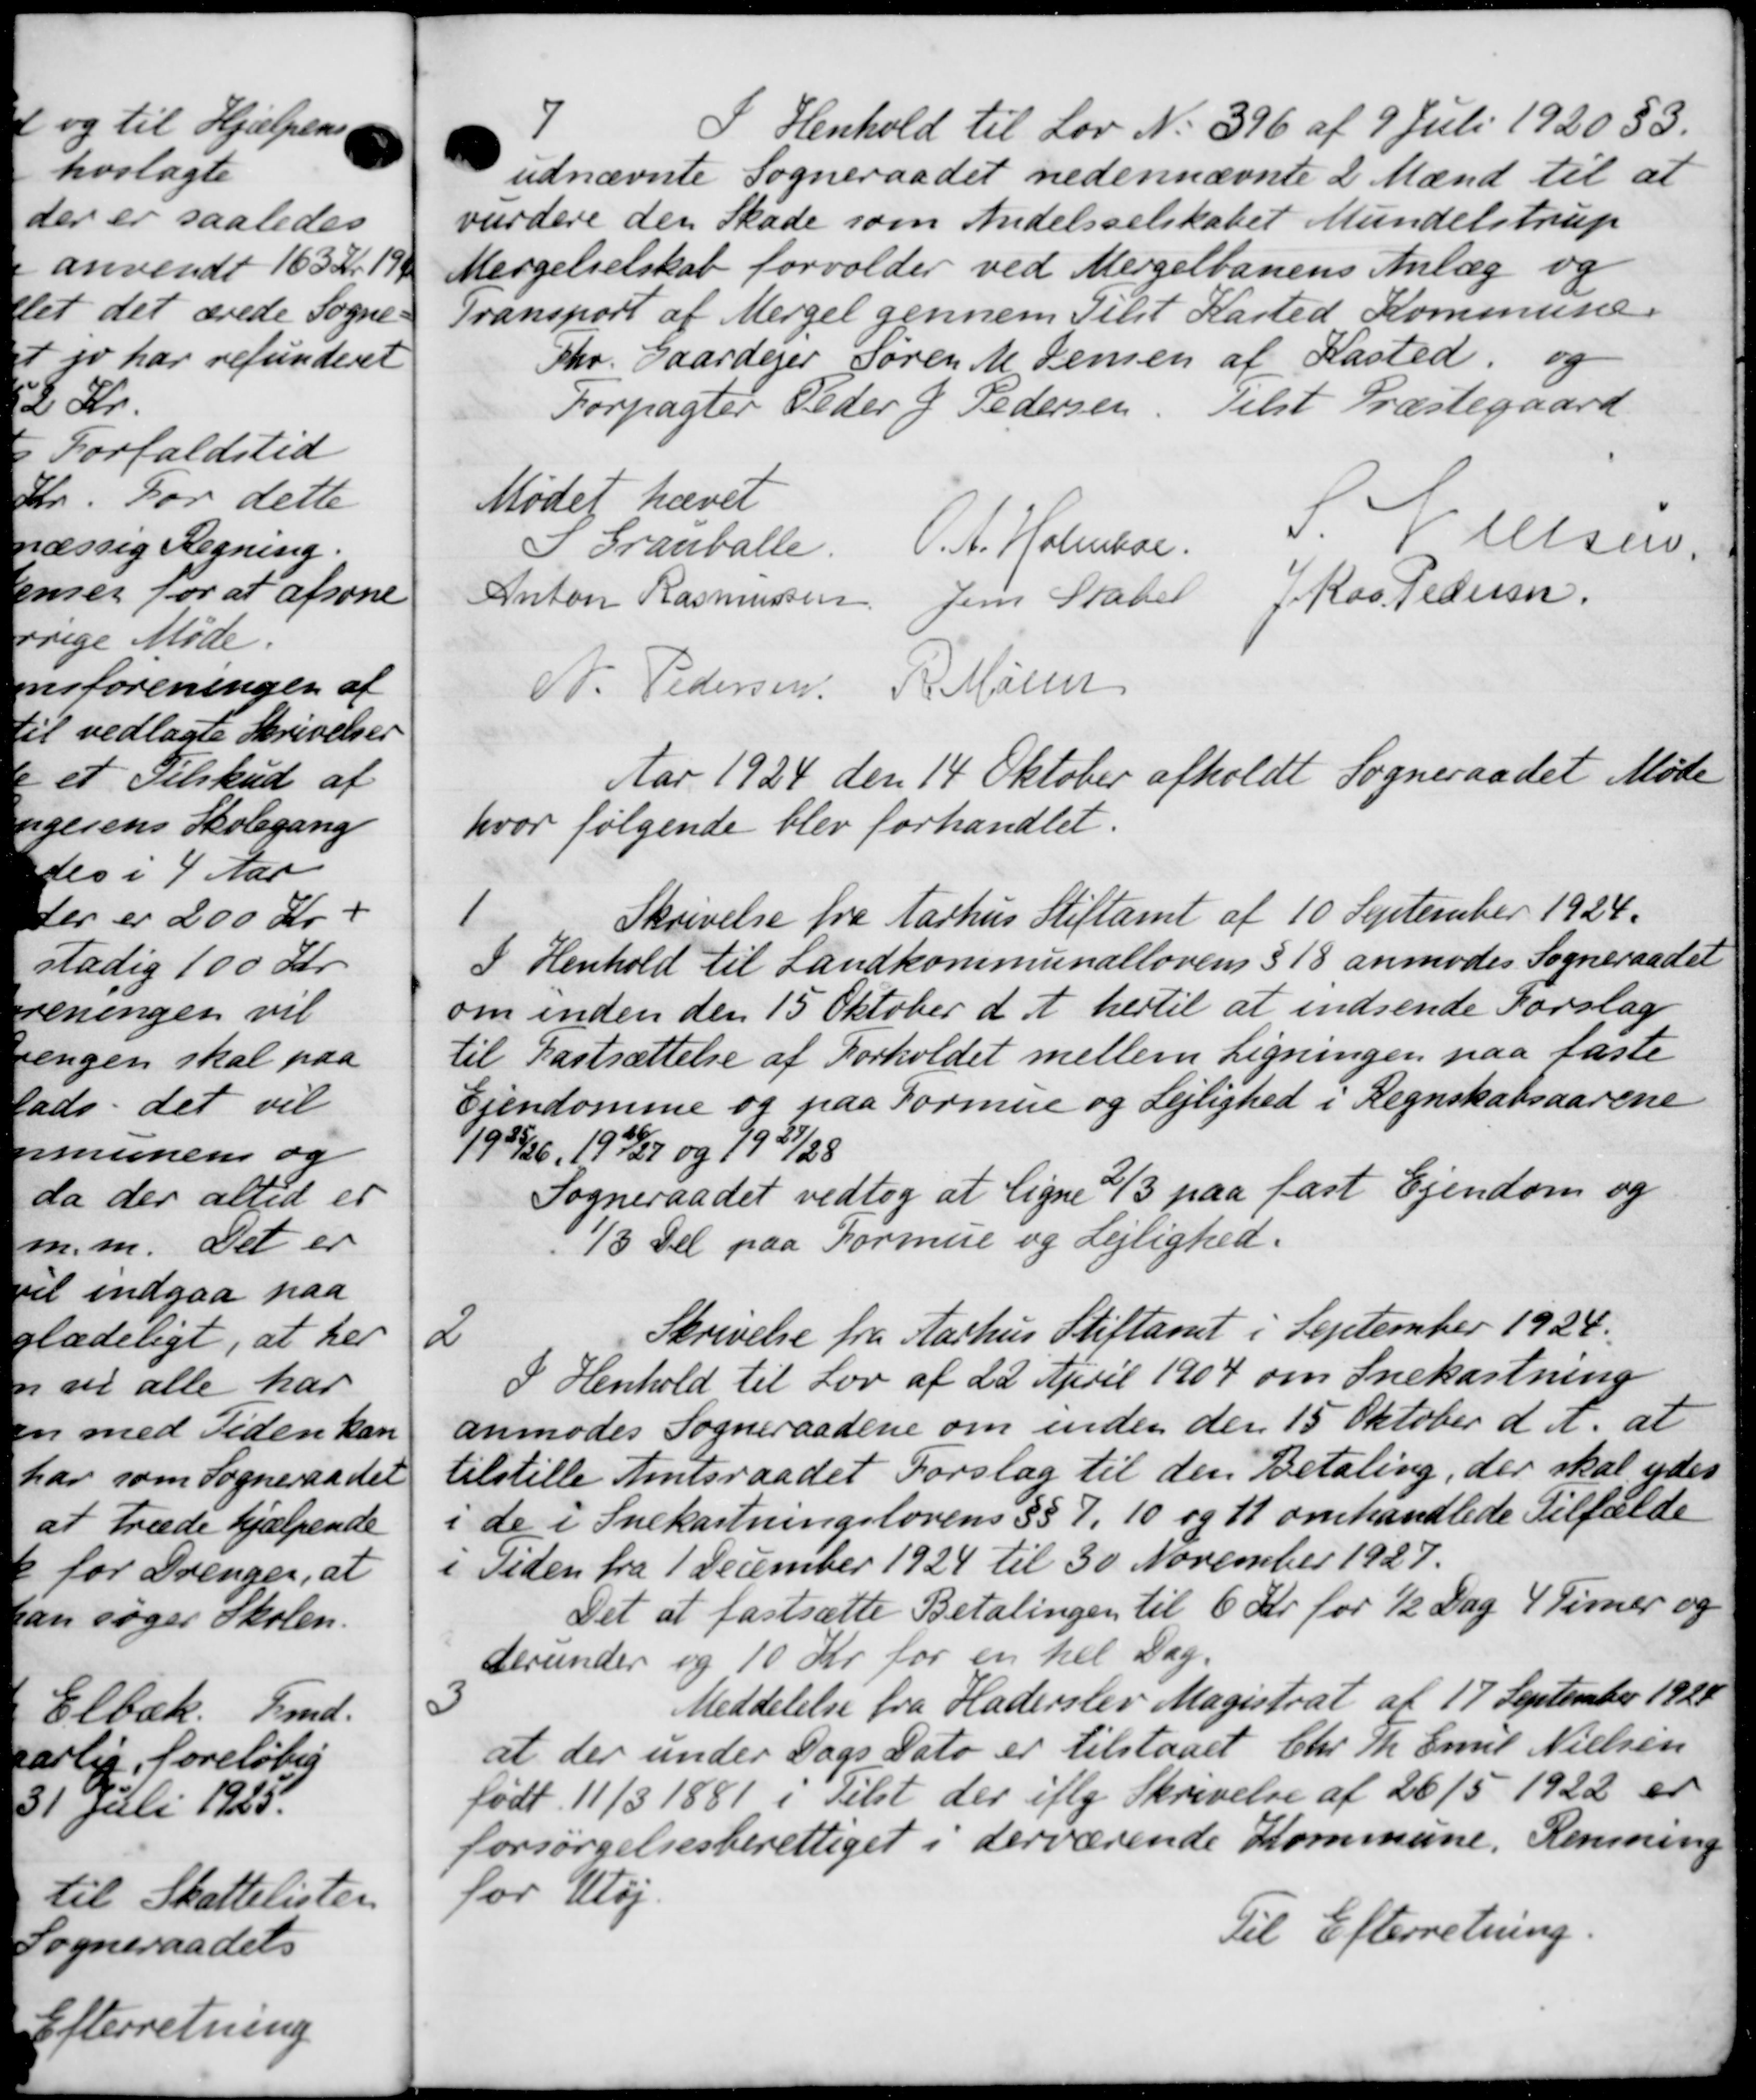
Transskription:
I Henhold til Lov No 396 af 9 Juli 1920 § 3.
udnævnte Sogneraadet nedennævnte 2 Mænd til at
vurdere den Skade som Andelsselskabet Mundelstrup
Mergelselskab forvolder ved Mergelbanens Anlæg og
Transport af Mergel gennem Tilst Kasted Kommune.
Chr. Gaardejer Søren M. Jensen af Kasted, og
Telst Præstegaard
Forpagter Peder J Pedersen
Mødet hævet
I Granballe.
O.A. Holmboe.
ielsen.
Anton Rasmussen
Jens Skaber
J. Ras. Pedersen
A. Pedersen R. Møde
Aar 1924 den 14 Oktober afholdt Sogneraadet Møde
hvor følgende blev forhandlet.
1
Skrivelse fra Aarhus Stiftamt af 10 September 1924.
I Henhold til Landkommunallovens § 18 anmodes Sogneraadet
om inden den 15 Oktober d. A. hertil at indsende Forslag
til Fastsættelse af Forholdet mellem Ligningen paa faste
Ejendomme og paa Formue og Lejlighed i Regnskabsaarene
1925/26, 1926/27 og 1927/28
Sogneraadet vedtog at ligne 2/3 paa fast Ejendom og
1/3 Del paa Formue og Lejlighed.
2
Skrivelse fra Aarhus Stiftamt i September 1924.
I Henhold til Lov af 22 April 1904 om Snekastning
anmodes Sogneraadene om inden den 15 Oktober d. A. at
tilstille Amtsraadet Forslag til den Betaling, der skal ydes
i de i Snekastningslovens §§ 7. 10 og 11 omhandlede Tilfælde
i Tiden fra 1 December 1924 til 30 November 1927.
Det at fastsætte Betalingen til 6 Kr. for ½ Dag 4 Timer og
derunder og 10 Kr for en hel Dag.
3
Meddelelse fra Haderslev Magistrat af 17 September 1928
at der under Dags Dato er tilstaaet Chr. Th. Emil Nielsen
født 11/3 1881 i Tilst der iflg Skrivelse af 26/5 1922 er
forsørgelsesberettiget i derværende Kommune. Rensning
for Uløj.
Til Efterretning.